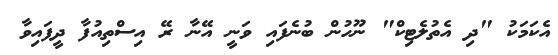
އެކަމަކު "ދި އެތުލެޓިކް" ނޫހުން ބުނެފައި ވަނީ އޭނާ ރޭ އިސްތިއުފާ ދީފައިވާ